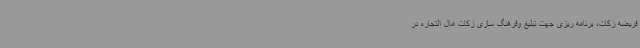
فریضه زکات، برنامه ریزی جهت تبلیغ وفرهنگ سازی زکات مال التجاره در